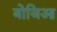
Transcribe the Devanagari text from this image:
बोजिआ